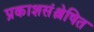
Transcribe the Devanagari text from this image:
प्रकाशसंश्लेषित